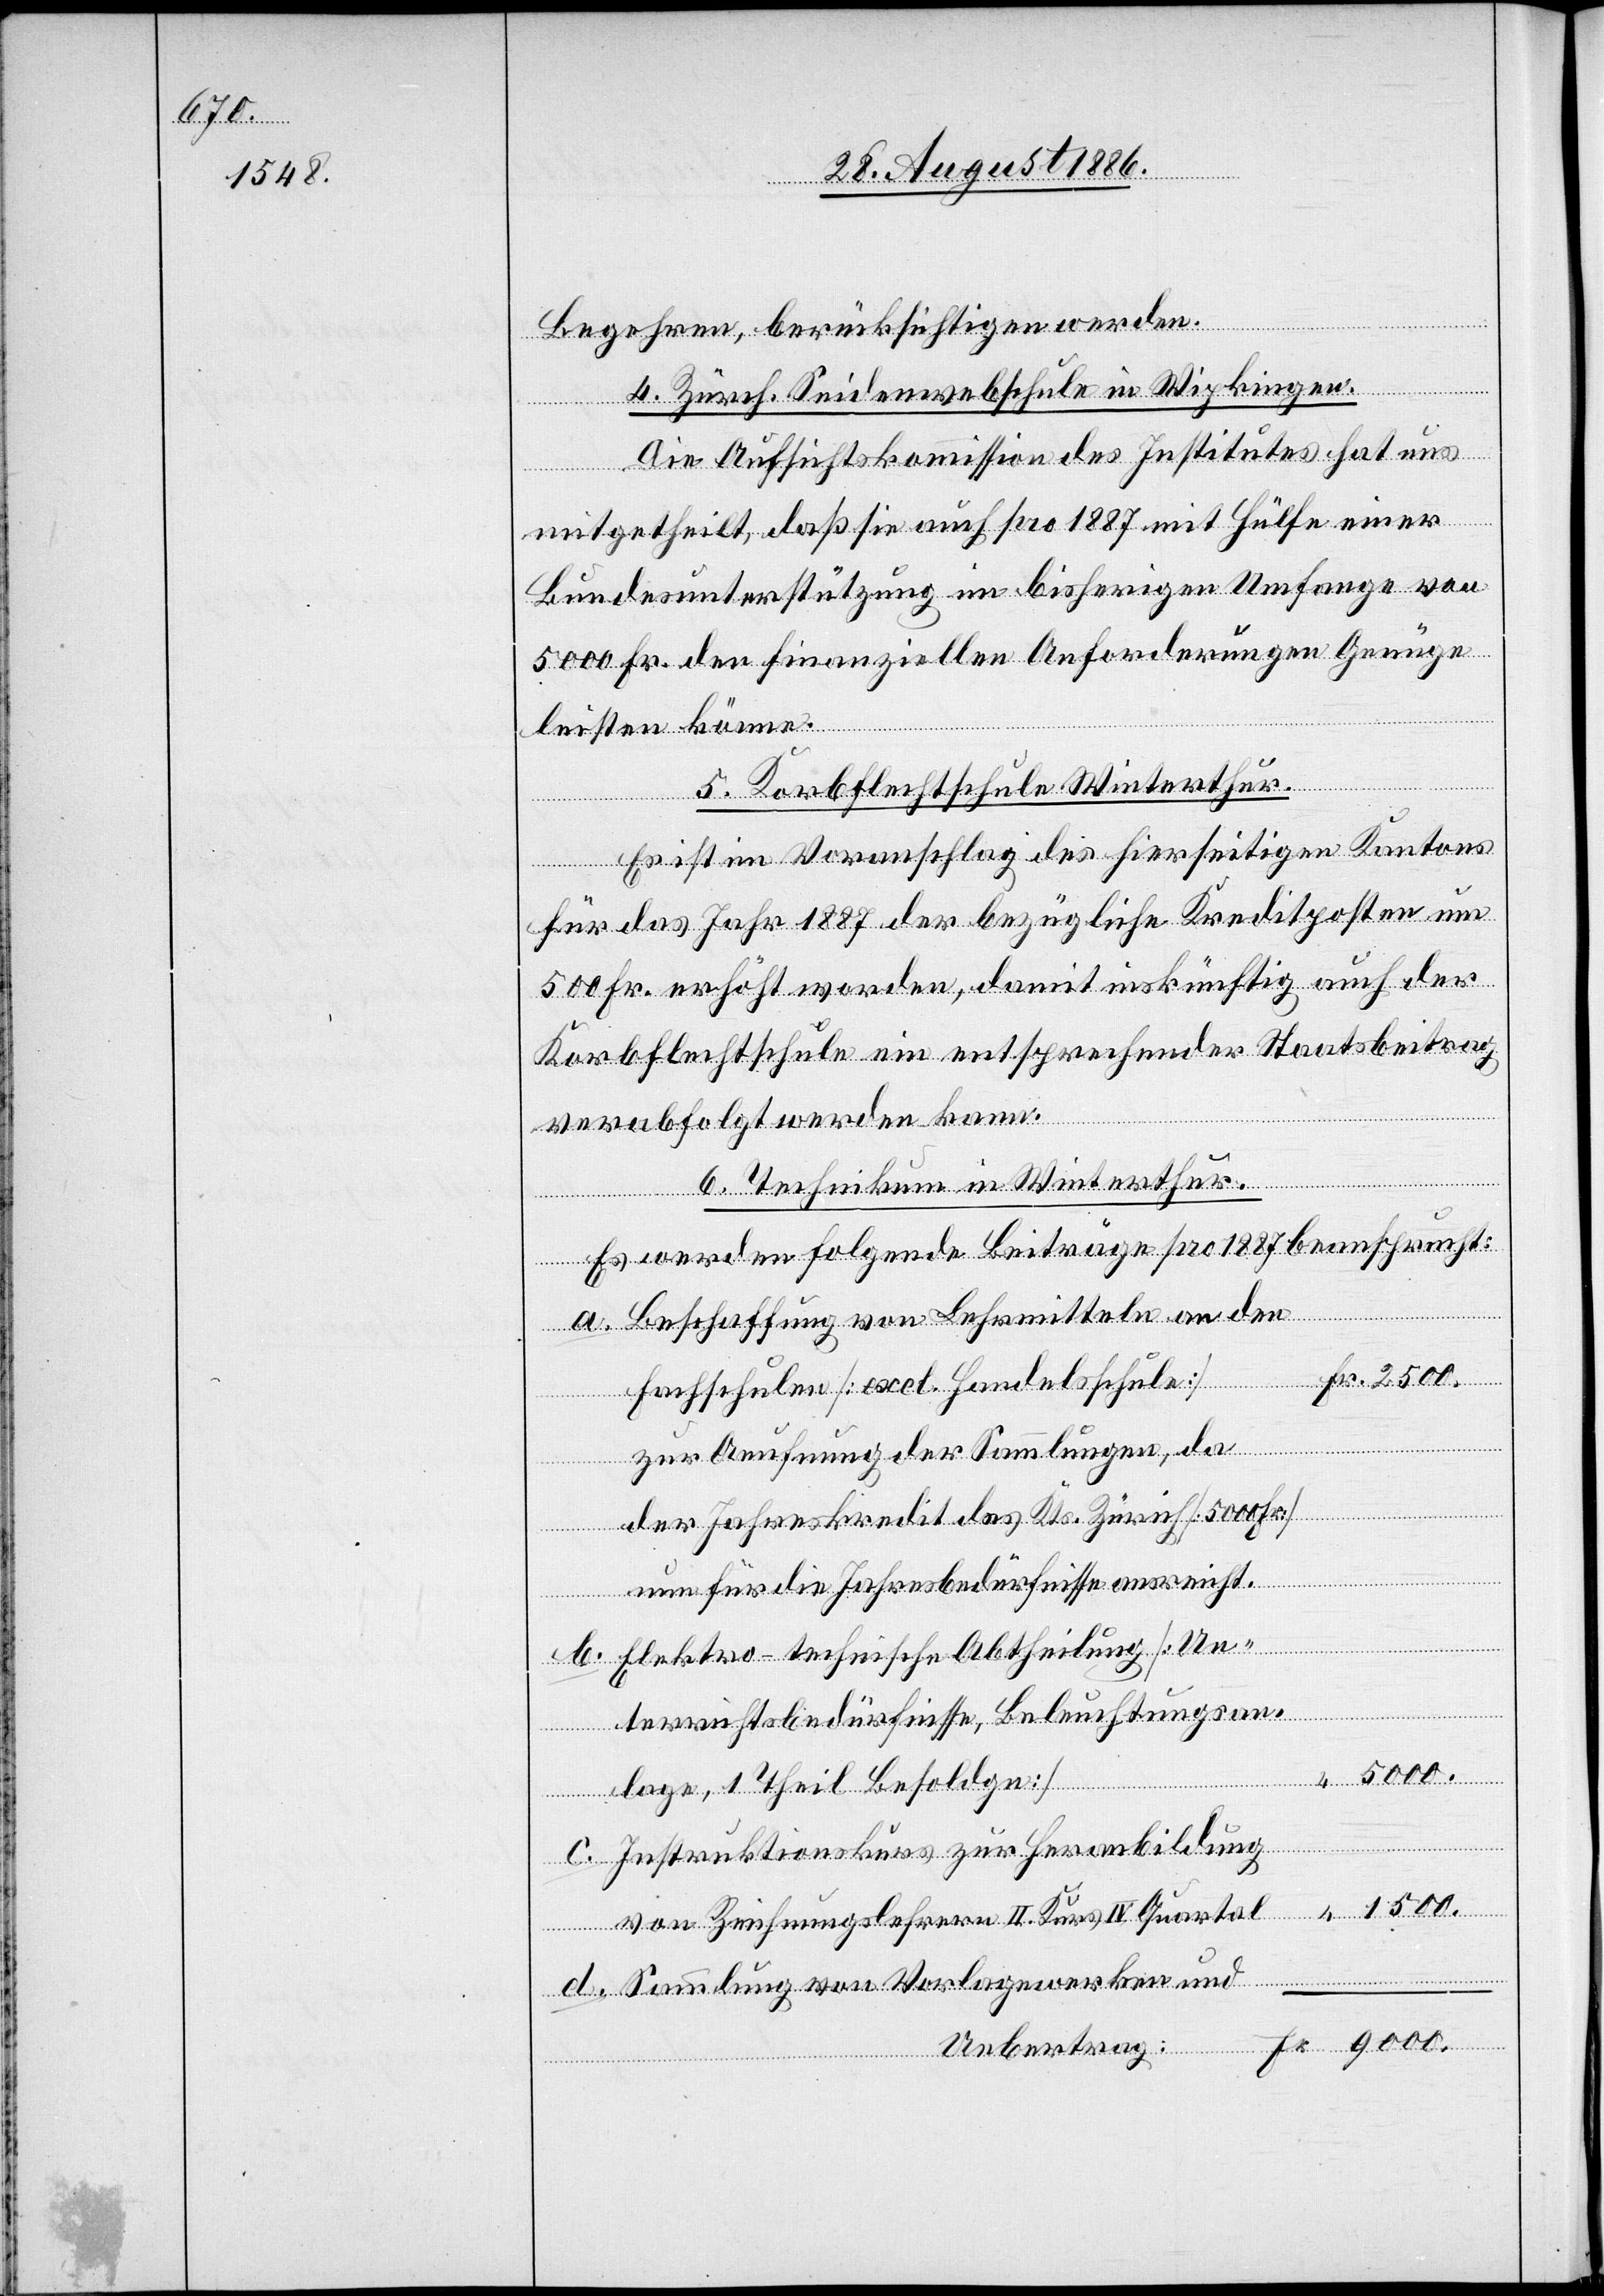
Begehren, berücksichtigen wollen.
4. Zürch. Seidenwebschule in Wipkingen.
Die Aufsichtskommission des Institutes hat uns
mitgetheilt, daß sie auch pro 1887 mit Hülfe einer
Bundesunterstützung im bisherigen Umfange von
5000 Fr. den finanziellen Anforderungen Genüge
leisten könne.
5. Korbflechtschule Winterthur.
Es ist im Voranschlag des hierseitigen Kantons
für das Jahr 1887 der bezügliche Kreditposten um
500 Fr. erhöht worden, damit inskünftig auch der
Korbflechtschule ein entsprechender Staatsbeitrag
verabfolgt werden kann.
6. Technikum in Winterthur.
Es werden folgende Beiträge pro 1887 beansprucht:
Beschaffung von Lehrmitteln an den
Fachschulen [excl. Handelsschule]
zur Aeufnung der Sammlungen, da
nun für die Jahresbedürfnisse ausreicht.
d.
Elektro-technische Abtheilung [Un¬
terrichtsbedürfnisse, Beleuchtungsan¬
kredit
lage, 1 Theil Besoldungen]
c.
Instruktionskurs zur Heranbildung
1500.
von Zeichungslehrern II. Kurs, IV. Quartal
Sammlung von Vorlagewerken und